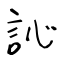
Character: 訫